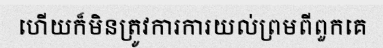
ហើយក៏មិនត្រូវការការយល់ព្រមពីពួកគេ